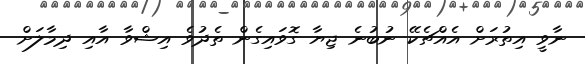
ނާވީ އިތުރަށް އެއްޗެކޭ ނުބުނެ ޖިޔާ ގޮވައިގެން ތެދުވެ އިޝްވާ އާއި ދިމާލަށް